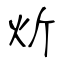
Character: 炘